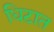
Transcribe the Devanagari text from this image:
धिटात